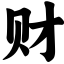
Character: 财